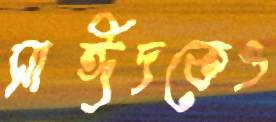
সাঈদকেও